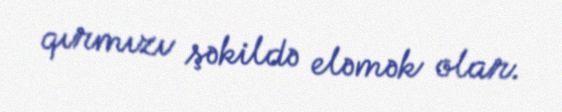
qırmızı şəkildə eləmək olar.